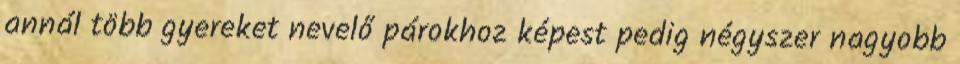
annál több gyereket nevelő párokhoz képest pedig négyszer nagyobb